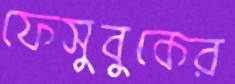
ফেসুবুকের